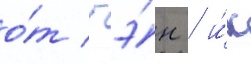
о́т гэ́н / и́х